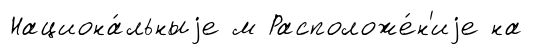
Национа́льныjе м Расположе́н'иjе на